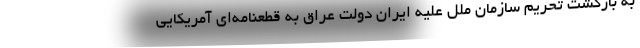
به بازگشت تحریم سازمان ملل علیه ایران دولت عراق به قطعنامه‌ای آمریکایی